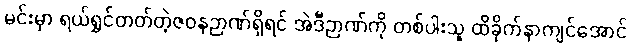
မင်းမှာ ရယ်ရွှင်တတ်တဲ့ဇဝနဉာဏ်ရှိရင် အဲဒီဉာဏ်ကို တစ်ပါးသူ ထိခိုက်နာကျင်အောင်